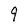
Character: 9